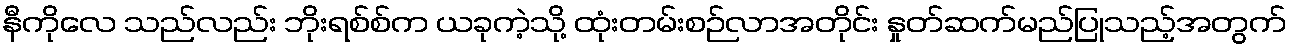
နီကိုလေ သည်လည်း ဘိုးရစ်စ်က ယခုကဲ့သို့ ထုံးတမ်းစဉ်လာအတိုင်း နှုတ်ဆက်မည်ပြုသည့်အတွက်